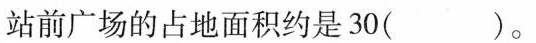
站前广场的占地面积约是30( )。